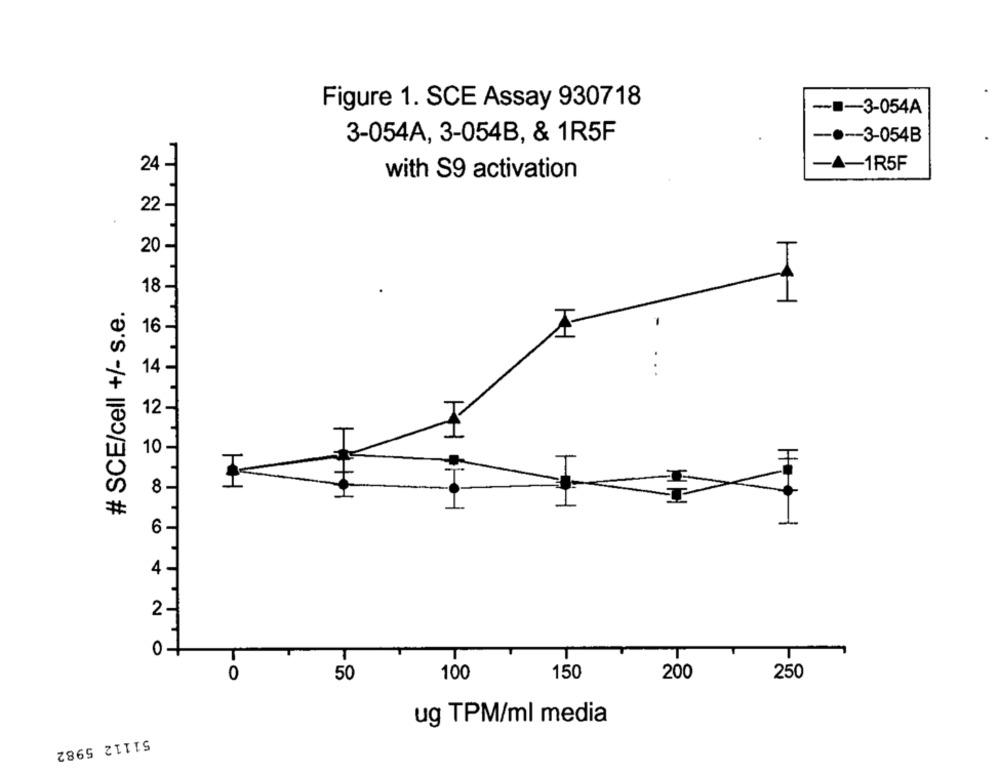
Figure 1. SCE Assay 930718
--- 3-054A
3-054A, 3-054B, & 1R5F
-.-- 3-054B
24 -
-A-1R5F
with S9 activation
22
20
18
# SCE/cell +/- s.e.
16 -
14 -
12
10-
T
TTTT
H
8
AH HH
6
4
2 -
01
T
T
T
T
0
50
100
150
200
250
ug TPM/ml media
51112 5982